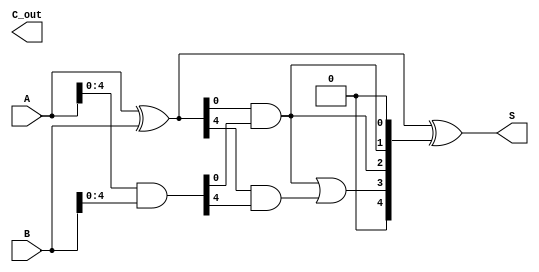
module CSPA #(parameter N = 8) (
    input  wire [N-1:0] A,      // Input A
    input  wire [N-1:0] B,      // Input B
    output wire [N-1:0] S,      // Output Sum
    output wire C_out           // Output Carry
);

    wire [N-1:0] G;   // Generate
    wire [N-1:0] P;   // Propagate
    wire [N:0] C;     // Carry (C[N] is the final carry out)

    // Generate and propagate logic
    assign G = A & B;       // Generate
    assign P = A ^ B;       // Propagate

    // Carry select logic, divide into blocks (assuming 4-bit blocks for example)
    localparam BLOCK_SIZE = 4; 
    genvar i;

    // Carry signals
    generate
        for (i = 0; i < N / BLOCK_SIZE; i = i + 1) begin: cspa_block
            if (i == 0) begin
                assign C[i] = 1'b0; // Initial carry in is 0
            end else begin
                assign C[i] = C[(i-1) * 2 + 1]; // Use carry out of previous block
            end
            
            // Calculate carries for current block
            wire [BLOCK_SIZE-1:0] G_block = G[(i*BLOCK_SIZE)+:BLOCK_SIZE];
            wire [BLOCK_SIZE-1:0] P_block = P[(i*BLOCK_SIZE)+:BLOCK_SIZE];
            wire [BLOCK_SIZE:0] C_select;

            // Carry compute with selected logic (two possible carries)
            assign C_select[0] = C[i];
            assign C_select[1] = C[i] | P_block[0] & G_block[0]; // Assuming carry in is 0 for this block
            assign C_select[2] = C[i] | P_block[0] & G_block[1]; // Assuming carry in is 1 for this block

            assign C[(i*2) +: 2] = C_select[1:0];
        end
    endgenerate
    
    // Calculate sum bits
    assign S = A ^ B ^ C[N-1:0]; // Sum calculation

    // Final carry out
    assign C_out = C[N]; 

endmodule